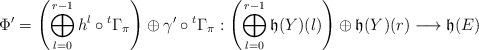
LaTeX: \begin{align*}\Phi'=\left(\bigoplus_{l=0}^{r-1} h^l \circ {}^t\Gamma_{\pi} \right) \oplus\gamma'\circ {}^t\Gamma_{\pi}: \left( \bigoplus_{l=0}^{r-1}\mathfrak{h}(Y)(l)\right)\oplus \mathfrak{h}(Y)(r) \longrightarrow \mathfrak{h}(E)\end{align*}